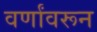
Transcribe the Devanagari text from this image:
वर्णांवरून